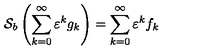
{ \cal S } _ { b } \left( \sum _ { k = 0 } ^ { \infty } \varepsilon ^ { k } g _ { k } \right) = \sum _ { k = 0 } ^ { \infty } \varepsilon ^ { k } f _ { k }